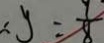
\therefore y = \frac { 9 } { 8 }